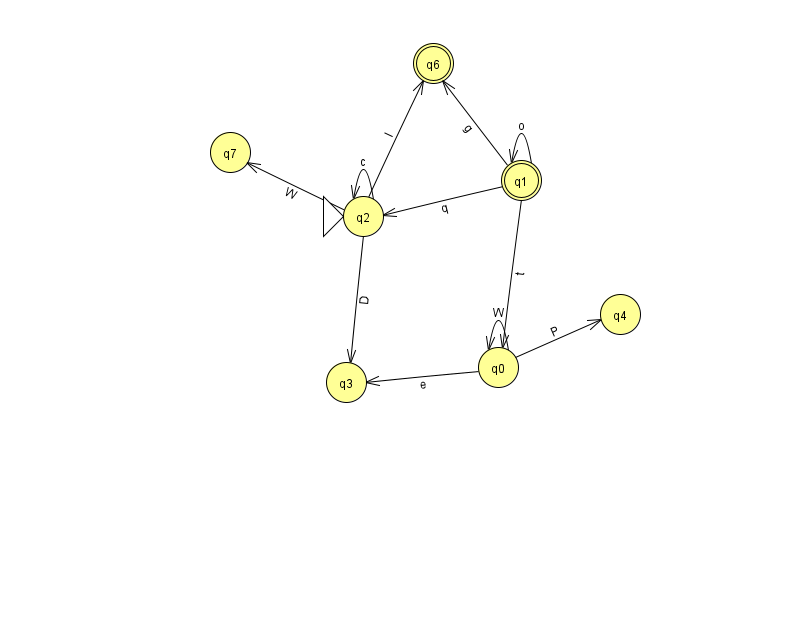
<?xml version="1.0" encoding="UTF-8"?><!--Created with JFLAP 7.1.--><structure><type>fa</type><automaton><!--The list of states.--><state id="0" name="q0"><x>498.0</x><y>354.0</y></state><state id="1" name="q1"><x>521.0</x><y>167.0</y><final/></state><state id="2" name="q2"><x>363.0</x><y>203.0</y><initial/></state><state id="3" name="q3"><x>346.0</x><y>369.0</y></state><state id="4" name="q4"><x>620.0</x><y>301.0</y></state><state id="6" name="q6"><x>433.0</x><y>50.0</y><final/></state><state id="7" name="q7"><x>230.0</x><y>139.0</y></state><!--The list of transitions.--><transition><from>2</from><to>2</to><read>c</read></transition><transition><from>2</from><to>6</to><read>I</read></transition><transition><from>2</from><to>7</to><read>W</read></transition><transition><from>1</from><to>6</to><read>g</read></transition><transition><from>0</from><to>0</to><read>W</read></transition><transition><from>0</from><to>4</to><read>P</read></transition><transition><from>0</from><to>3</to><read>e</read></transition><transition><from>2</from><to>3</to><read>D</read></transition><transition><from>1</from><to>2</to><read>q</read></transition><transition><from>1</from><to>0</to><read>t</read></transition><transition><from>1</from><to>1</to><read>o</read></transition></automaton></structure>